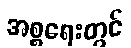
အစ္စရေးတွင်